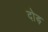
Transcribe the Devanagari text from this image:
दोड़